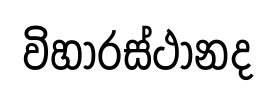
විහාරස්ථානද